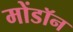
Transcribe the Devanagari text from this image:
मोंडॉन